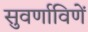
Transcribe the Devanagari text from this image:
सुवर्णाविणें